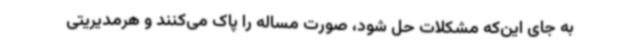
به جای این‌که مشکلات حل شود، صورت مساله را پاک می‌کنند و هرمدیریتی